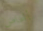
بأشخاص